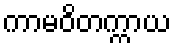
ကာမဝိတက္ကာယ